Civil Veterinary Dept. Bombay admin report 1923-31 - 1923-1931
Year: 1923
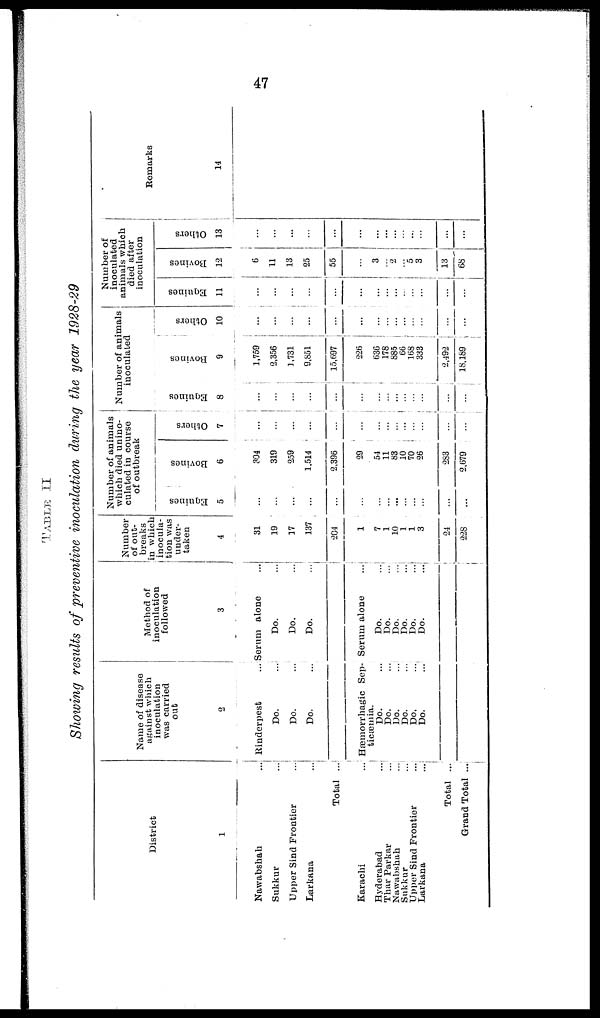
47
TABLE II
Showing results of preventive inoculation during the year 1928-29
District
1
Nawabshah ...
Sukkur ...
Upper Sind Frontier ...
Larkana ...
Total ...
Karachi ...
Hyderabad ...
Thar Parkar ...
Nawabshah
...
Sukkur
...
Upper Sind Frontier
...
Larkana ...
Total ...
Grand Total ...
Name of disease
against which
inoculation
was carried
out
2
Rinderpest ...
Do. ...
Do. ...
Do. ...
Hæmorrhagic Sep-
ticæmia.
Do. ...
Do. ...
Do.
...
Do.
Do.
...
Do.
...
Method of
inoculation
followed
3
Serum alone
Do. ...
Do. ...
Do. ...
Serum alone ...
Do.
...
Do.
...
Do.
...
Do.
...
Do.
...
Do.
...
Number
of out-
breaks
in which
inocula-
tion was
under-
taken
4
31
19
17
137
204
1
7
1
10
1
1
3
24
228
Number of animals
which died unino-
culated in course
of outbreak
Equines
5
...
...
...
...
...
...
...
...
...
...
...
...
...
...
Bovines
6
304
319
259
1,514
2,396
29
54
11
83
10
70
26
283
2,679
Others
7
...
...
...
...
...
...
... ...
...
.. .
...
...
...
...
Number of animals
inoculated
Equines
8
...
...
...
...
...
...
...
...
...
...
...
...
...
...
...
Bovines
9
1,759
2,356
1,731
9,851
15,697
226
636
178
885
66
168
333
2,492
18,189
Others
10
...
...
...
...
...
...
...
...
...
...
...
Number of
inoculated
animals which
died after
inoculation
Equines
11
...
...
...
...
...
...
...
...
...
...
...
...
...
...
Bovines
12
6
11
13
25
55
...
3
... 2
... 5
3
13
68
Others
13
...
...
...
...
...
...
...
...
...
...
...
...
...
...
Remarks
14